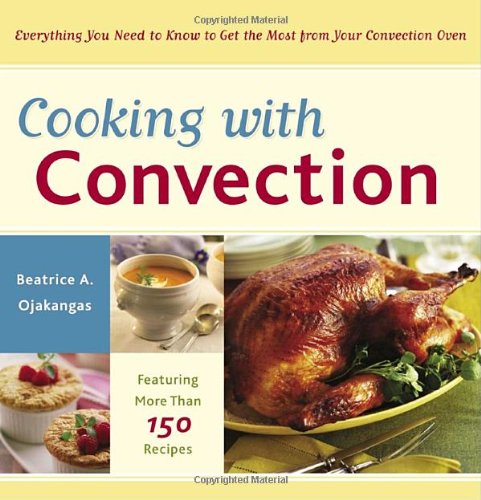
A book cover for Cooking with Convection: Everything You Need to Know to Get the Most from Your Convection Oven; Beatrice Ojakangas; Cookbooks, Food & Wine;